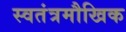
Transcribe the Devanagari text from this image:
स्वतंत्रमौखिक